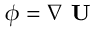
\phi = \nabla \textbf { U }